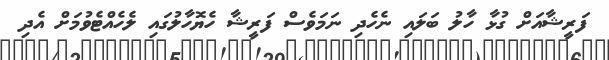
ފަރީޝާއަށް ގުޅާ ހާލު ބަލައި ނެހެދި ނަމަވެސް ފަރީޝާ ހެޔޮހާލުގައި ލެހެއްޓެވުމަށް އެދި